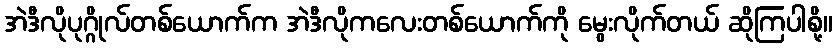
အဲဒီလိုပုဂ္ဂိုလ်တစ်ယောက်က အဲဒီလိုကလေးတစ်ယောက်ကို မွေးလိုက်တယ် ဆိုကြပါစို့။